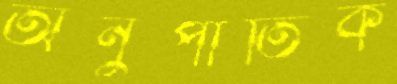
অনুপাতিক